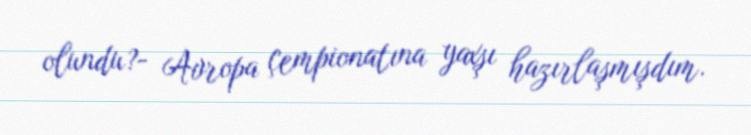
olundu?- Avropa çempionatına yaxşı hazırlaşmışdım.